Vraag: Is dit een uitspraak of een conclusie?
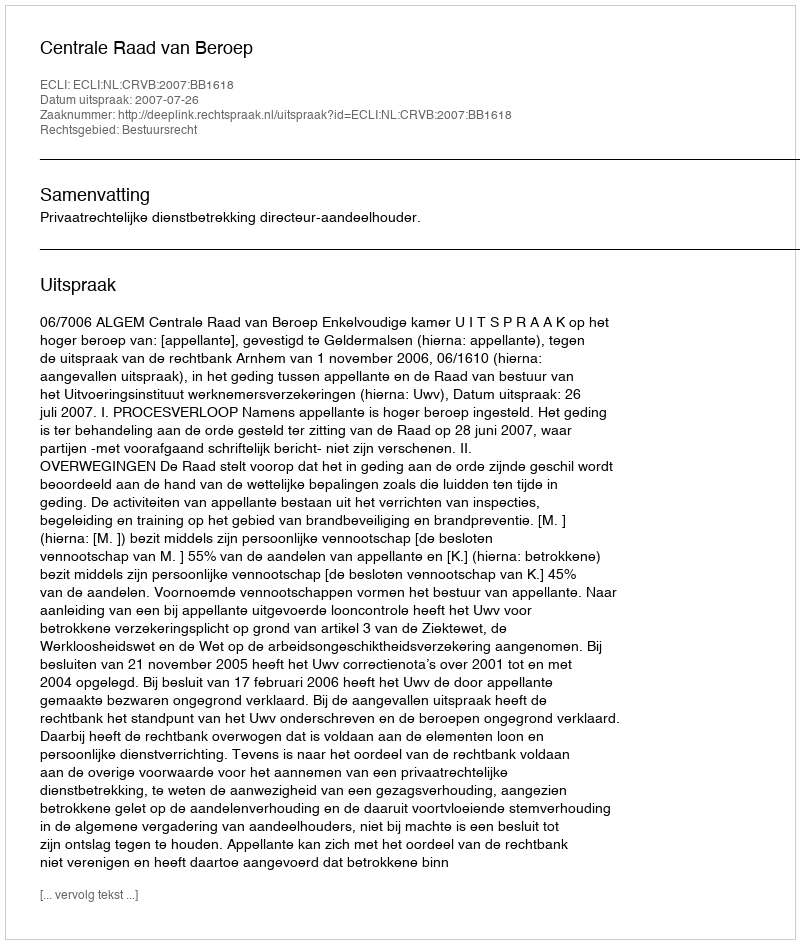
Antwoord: Uitspraak